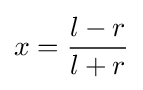
x={\frac {l-r}{l+r}}